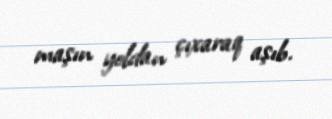
maşın yoldan çıxaraq aşıb.